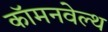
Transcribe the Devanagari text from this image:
कॉमनवेल्‍थ